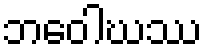
ဘဝေါဃဿ